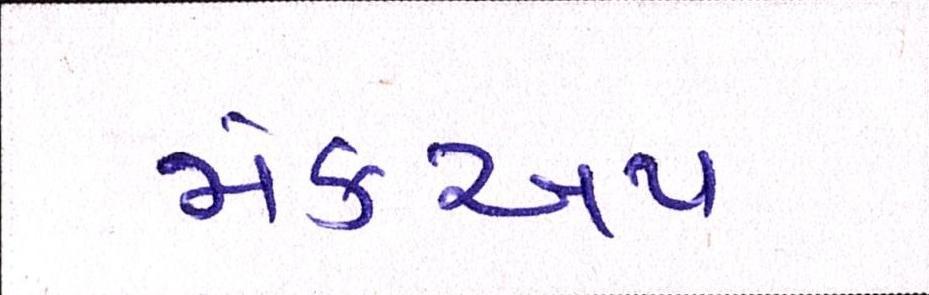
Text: મેકઅપ